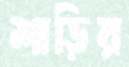
শাড়ির